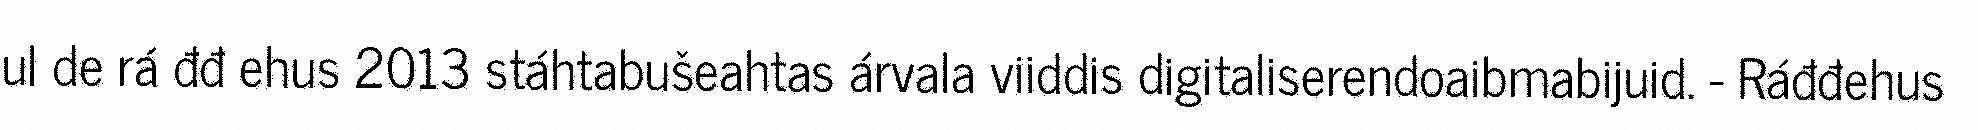
ul de rá đđ ehus 2013 stáhtabušeahtas árvala viiddis digitaliserendoaibmabijuid. - Ráđđehus